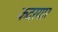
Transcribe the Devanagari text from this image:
कदरयार